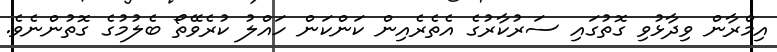
އިމްރާން ވިދާޅުވި ގޮތުގައި ސަރުކާރުގެ އެތެރެއިން ކަންކަން ހައްލު ކުރެވޭތޯ ބެލުމުގެ ގޮތުންނެވެ.